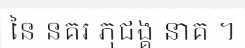
នៃ នគរ ភុជង្គ នាគ ។